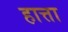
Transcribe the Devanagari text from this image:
हात्ता